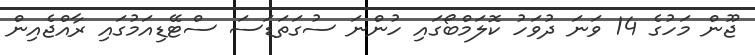
ޖޫން މަހުގެ 14 ވަނަ ދުވަހު ކޮލަމްބޯގައި ހުންނަ ސުގަތަޑަސަ ސްޓޭޑިއަމުގައި ރާއްޖެއިން